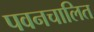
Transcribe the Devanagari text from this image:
पवनचालित